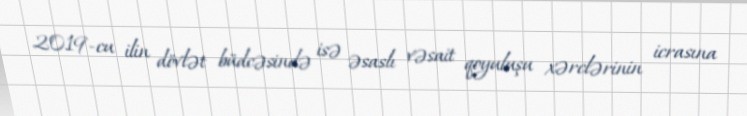
2019-cu ilin dövlət büdcəsində isə əsaslı vəsait qoyuluşu xərclərinin icrasına